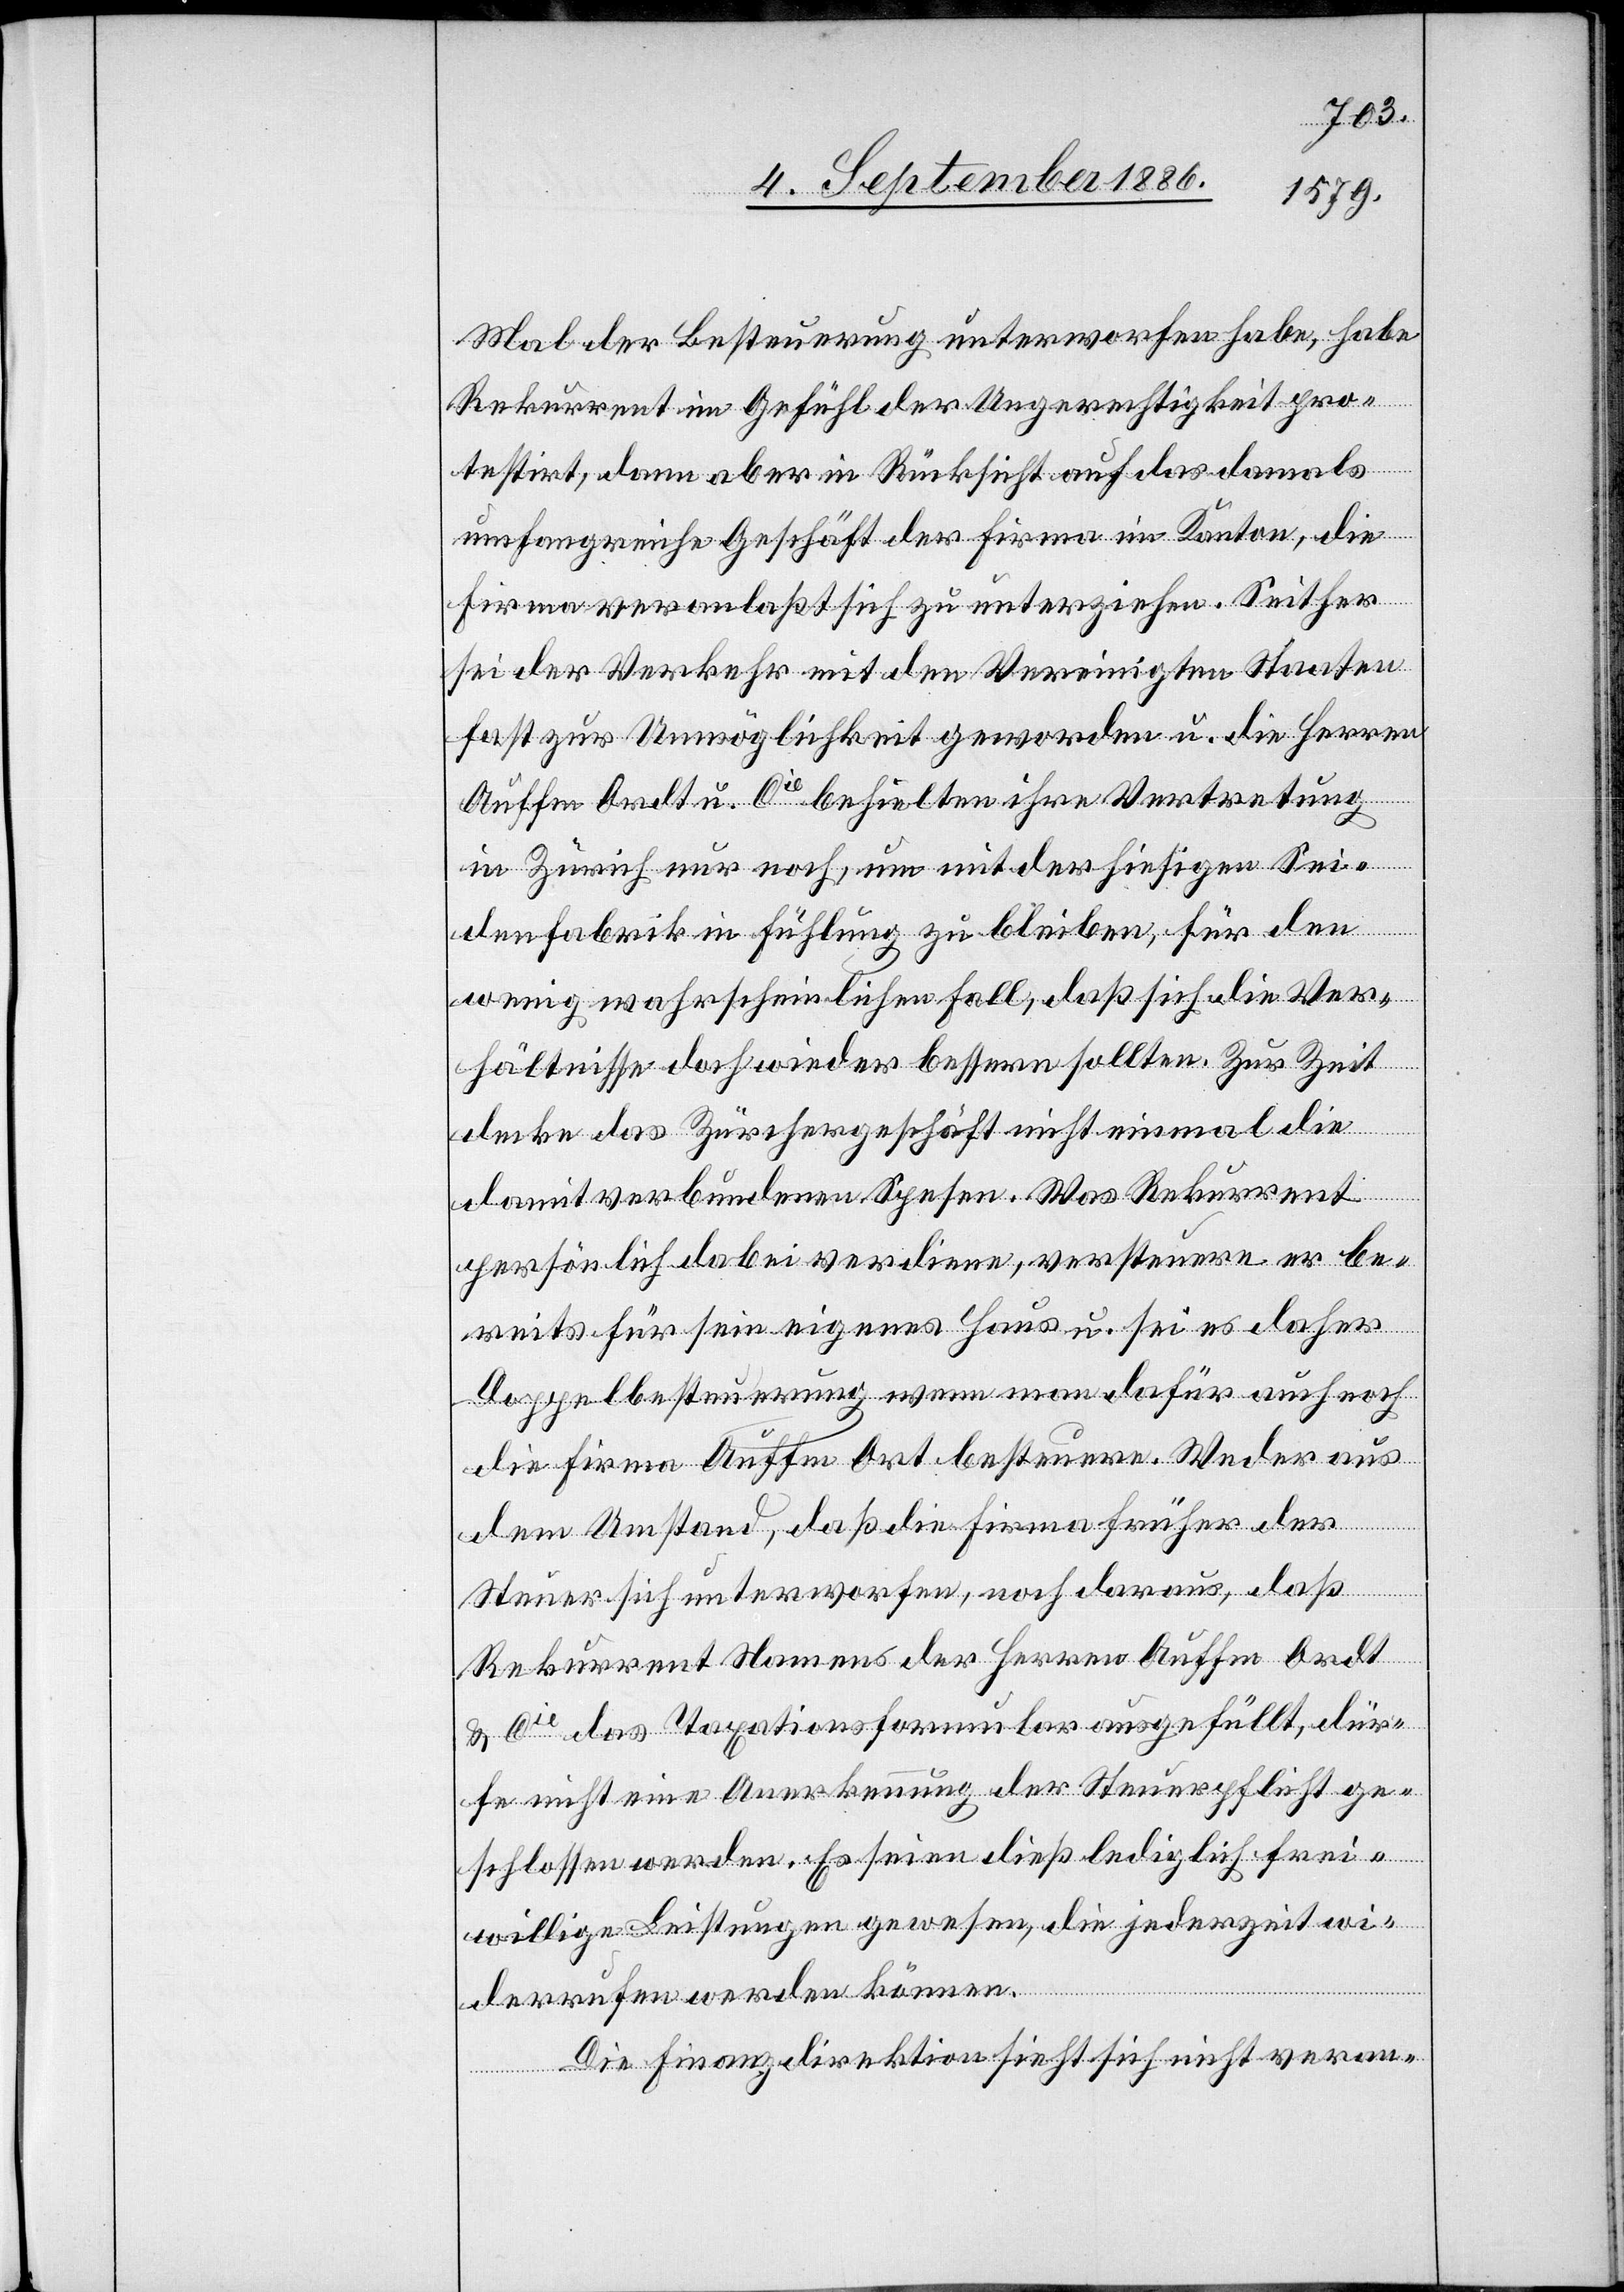
Mal der Besteuerung unterworfen habe, habe
Rekurrent im Gefühl der Ungerechtigkeit pro¬
testirt, dann aber in Rücksicht auf das damals
umfangreiche Geschäft der Firma im Kanton, die
Firma veranlaßt sich zu unterziehen. Seither
sei der Verkehr mit den Vereinigten Staaten
fast zur Unmöglichkeit geworden u. die Herren
Auffm Ordt u. Cie behielten ihre Vertretung
in Zürich nur noch, um mit der hiesigen Sei¬
denfabrik in Fühlung zu bleiben, für den
wenig wahrscheinlichen Fall, daß sich die Ver¬
hältnisse doch wieder bessern sollten. Zur Zeit
decke das Zürchergeschäft nicht einmal die
damit verbundenen Spesen. Was Rekurrent
persönlich dabei verdiene, versteuere er be¬
reits für sein eigenes Haus u. sei es daher
Doppelbesteuerung wenn man dafür auch noch
die Firma Auffm Ordt besteuere. Weder aus
dem Umstand, daß die Firma früher der
Steuer sich unterworfen, noch daraus, daß
Rekurrent Namens der Herren Auffm Ordt
u. Cie das Taxationsformular ausgefüllt, dür¬
fe nicht eine Anerkennung der Steuerpflicht ge¬
schlossen werden. Es seien dieß lediglich frei¬
willige Leistungen gewesen, die jederzeit wi¬
derrufen werden können.
Die Finanzdirektion sieht sich nicht veran-